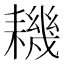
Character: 耭